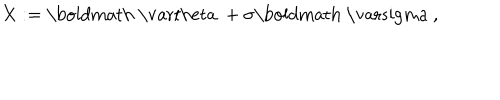
X : = \mathrm { \boldmath ~ \ v a r t h e t a ~ } + \sigma \mathrm { \boldmath ~ \ v a r s i g m a ~ } ,